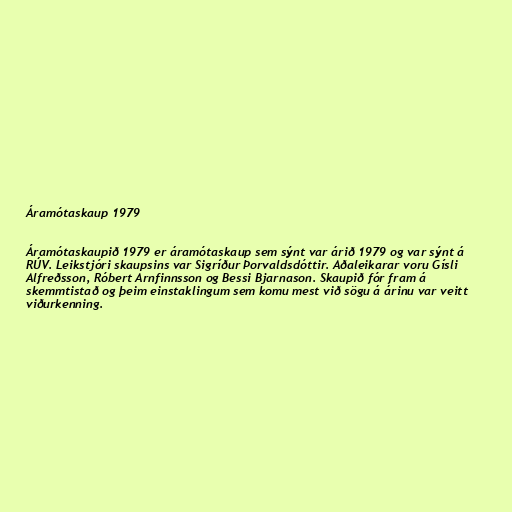
Áramótaskaup 1979

Áramótaskaupið 1979 er áramótaskaup sem sýnt var árið 1979 og var sýnt á
RÚV. Leikstjóri skaupsins var Sigríður Þorvaldsdóttir. Aðaleikarar voru Gísli
Alfreðsson, Róbert Arnfinnsson og Bessi Bjarnason. Skaupið fór fram á
skemmtistað og þeim einstaklingum sem komu mest við sögu á árinu var veitt
viðurkenning.